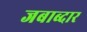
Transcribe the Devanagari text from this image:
जबाब्दार